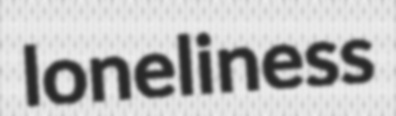
loneliness